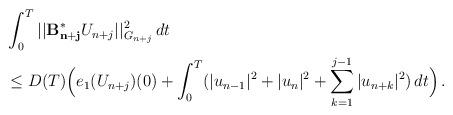
LaTeX: \begin{align*}&\int_0^T ||\mathcal{\mathbf{B^{\ast}_{n+j}}}U_{n+j}||_{G_{n+j}}^2 \,dt\\& \le D(T)\Big(e_1(U_{n+j})(0) + \int_0^T (|u_{n-1}|^2 + |u_n|^2 + \sum_{k=1}^{j-1} |u_{n+k}|^2)\,dt\Big)\,.\end{align*}